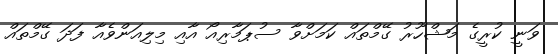
ވަނީ ކުރީގެ މަޝްހޫރު ގޭމްތައް ކަމަށްވާ ސުޕަމާރިއޯ އާއި މިލިއަންވެއާ ފަދަ ގޭމްތައް